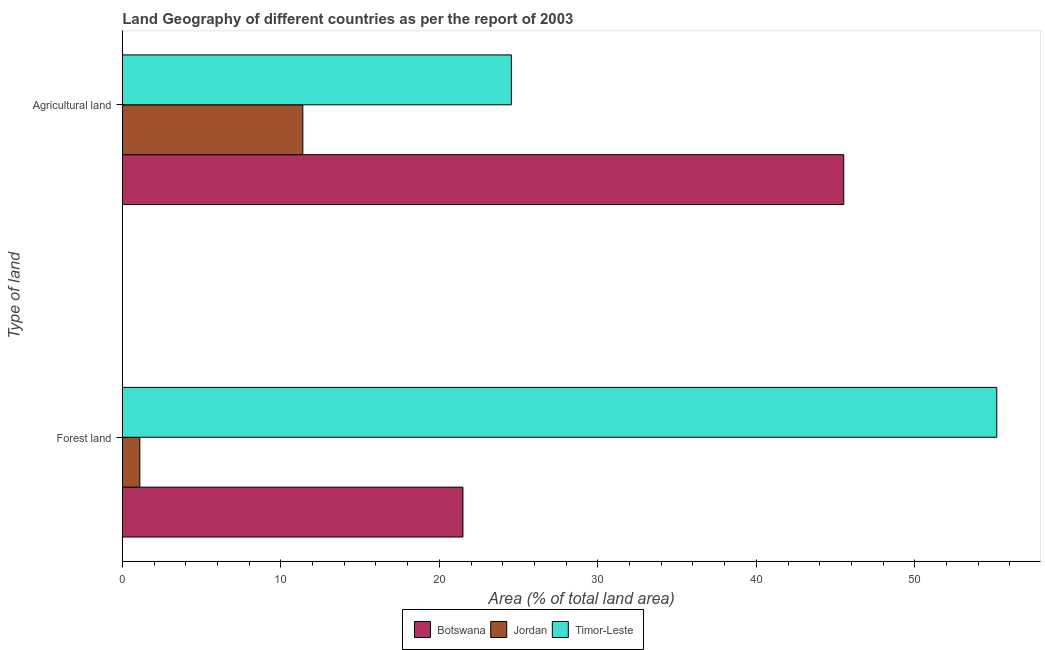
| Type of land | Botswana | Jordan | Timor-Leste |
 | --- | --- | --- | --- |
 | Forest land | 21.5 | 1.1 | 55.2 |
 | Agricultural land | 45.5 | 11.4 | 24.5 |